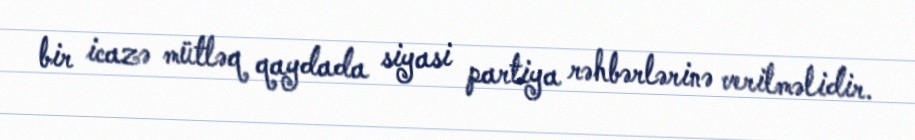
bir icazə mütləq qaydada siyasi partiya rəhbərlərinə verilməlidir.